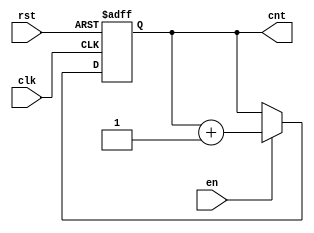
module incremental_counter (
    input wire clk,      // Clock input
    input wire en,       // Enable input
    input wire rst,      // Reset input
    output reg [7:0] cnt // 8-bit count output
);

// Initial value for the counter
initial begin
    cnt = 8'b0; // Initialize count to 0
end

// Always block triggered on the rising edge of the clock
always @(posedge clk or posedge rst) begin
    if (rst) begin
        // Reset the counter to 0 on reset signal
        cnt <= 8'b0;
    end else if (en) begin
        // Increment the counter if enabled
        cnt <= cnt + 1;
    end
    // If not enabled, retain the current value
end

endmodule